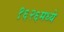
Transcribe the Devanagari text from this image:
१६२६मध्ये